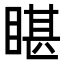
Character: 𭿄